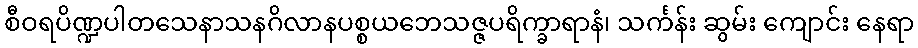
စီဝရပိဏ္ဍပါတသေနာသနဂိလာနပစ္စယဘေသဇ္ဇပရိက္ခာရာနံ၊ သင်္ကန်း ဆွမ်း ကျောင်း နေရာ